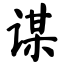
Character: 谋